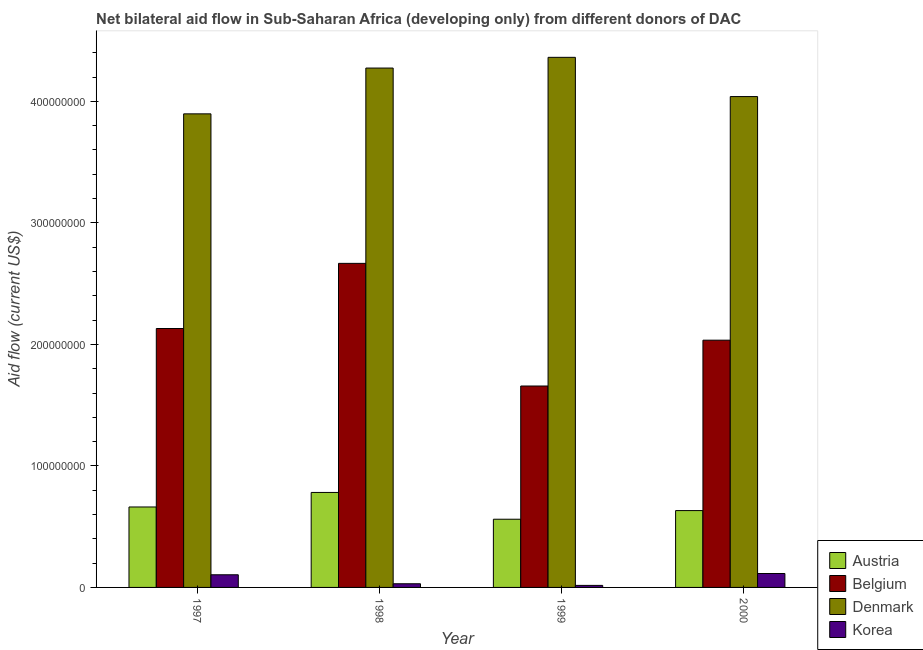
| Year | Austria | Belgium | Denmark | Korea |
 | --- | --- | --- | --- | --- |
 | 1997 | 6.62e+07 | 2.13e+08 | 3.9e+08 | 1.04e+07 |
 | 1998 | 7.82e+07 | 2.67e+08 | 4.27e+08 | 3.02e+06 |
 | 1999 | 5.61e+07 | 1.66e+08 | 4.36e+08 | 1.67e+06 |
 | 2000 | 6.32e+07 | 2.03e+08 | 4.04e+08 | 1.14e+07 |